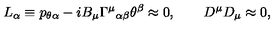
L _ { \alpha } \equiv p _ { \theta \alpha } - i B _ { \mu } { \Gamma ^ { \mu } } _ { \alpha \beta } \theta ^ { \beta } \approx 0 , \qquad D ^ { \mu } D _ { \mu } \approx 0 ,